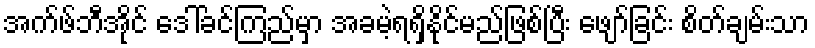
အက်ဖ်ဘီအိုင် ဒေါ်ခင်ကြည်မှာ အခမဲ့ရရှိနိုင်မည်ဖြစ်ပြီး ဖျော်ခြင်း စိတ်ချမ်းသာ